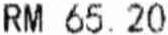
RM 65.20